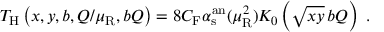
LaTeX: T _ { \mathrm { H } } \left( x , y , b , Q / \mu _ { \mathrm { R } } , b Q \right) = 8 C _ { \mathrm { F } } \alpha _ { \mathrm { s } } ^ { \mathrm { a n } } ( \mu _ { \mathrm { R } } ^ { 2 } ) K _ { 0 } \left( \sqrt { x y } \, b Q \right) \; .